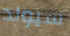
سيولد